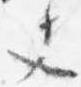
夫